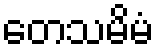
တေသမိမံ